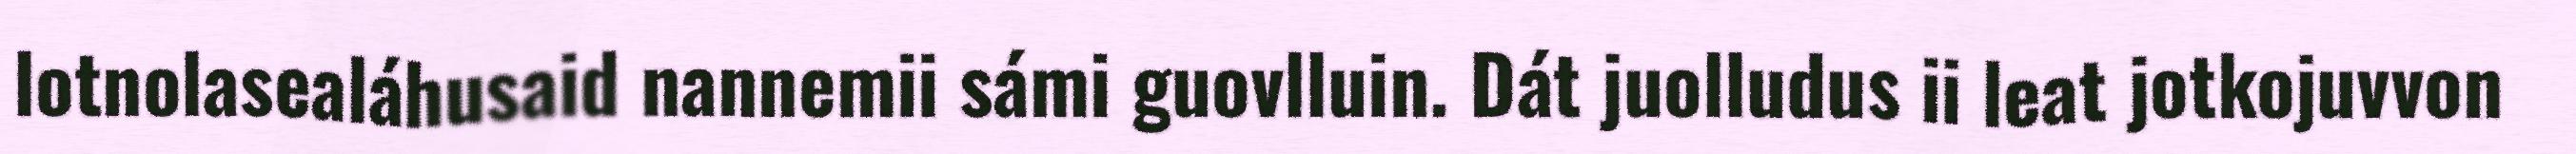
lotnolasealáhusaid nannemii sámi guovlluin. Dát juolludus ii leat jotkojuvvon